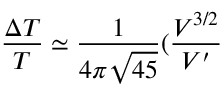
\frac { \Delta T } { T } \simeq \frac { 1 } { 4 \pi \sqrt { 4 5 } } ( \frac { V ^ { 3 / 2 } } { V ^ { \prime } }